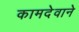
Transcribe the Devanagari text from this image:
कामदेवाने